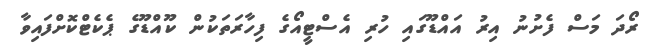
ރޯދަ މަސް ފެށުނު އިރު އައްޑޫގައި ހުރި އެސްޓީއޯގެ ފިހާރަތަކުން ކޫއްޑޫގެ ޕެކެޓްކޮށްފައިވާ